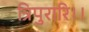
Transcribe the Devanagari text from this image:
त्रिपुरारि।।